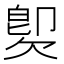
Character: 𣣝